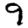
Digit: 9